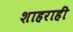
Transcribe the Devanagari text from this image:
शाहराहीं